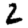
Digit: 2